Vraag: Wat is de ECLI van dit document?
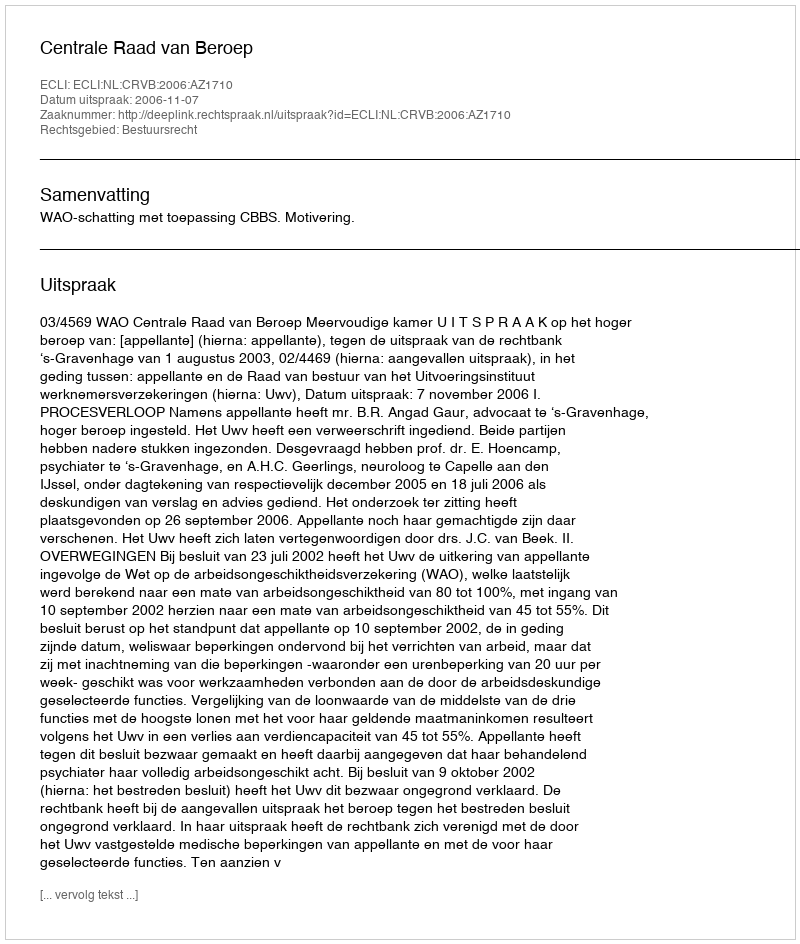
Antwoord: ECLI:NL:CRVB:2006:AZ1710